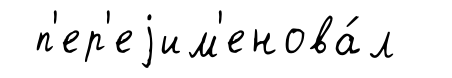
п'ер'еjим'енова́л